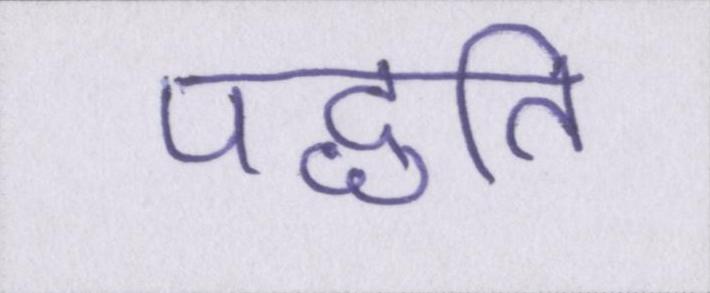
पद्धति